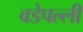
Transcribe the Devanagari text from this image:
वडेपल्‍ली